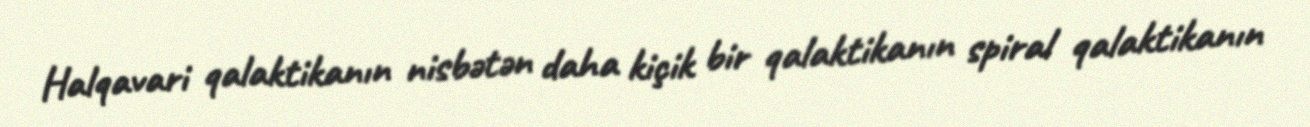
Halqavari qalaktikanın nisbətən daha kiçik bir qalaktikanın spiral qalaktikanın